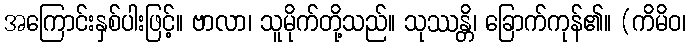
အကြောင်းနှစ်ပါးဖြင့်။ ဗာလာ၊ သူမိုက်တို့သည်။ သုဿန္တိ၊ ခြောက်ကုန်၏။ (ကိမိဝ၊